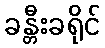
ခန္တီးခရိုင်